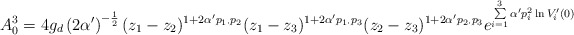
\begin{align*}A_{0}^{3}= 4g_{d} \left( 2\alpha ^{\prime } \right)^{-\frac{1}{2}}(z_{1}-z_{2})^{1+ 2\alpha ^{\prime }p_{1\cdot}p_{2}}(z_{1}-z_{3})^{1+ 2\alpha ^{\prime }p_{1\cdot}p_{3}}(z_{2}-z_{3})^{1+ 2\alpha ^{\prime }p_{2\cdot }p_{3}} e^{\sum \limits_{i=1}^{3} \alpha ^{\prime } p_{i}^{2}\ln V_{i}^{\prime }(0)}\end{align*}